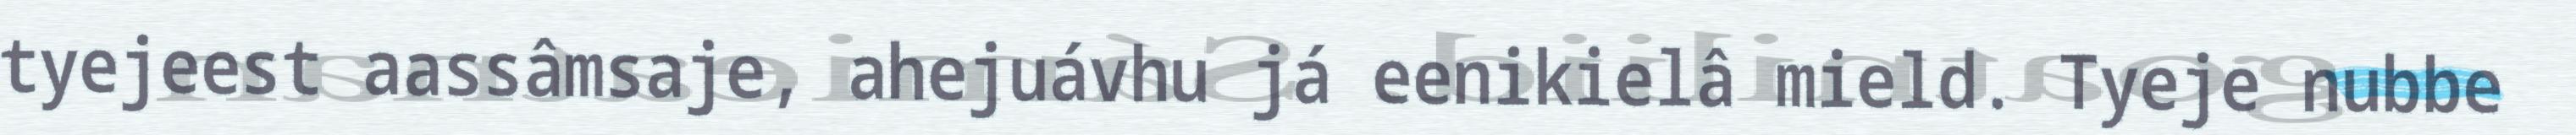
tyejeest aassâmsaje, ahejuávhu já eenikielâ mield. Tyeje nubbe